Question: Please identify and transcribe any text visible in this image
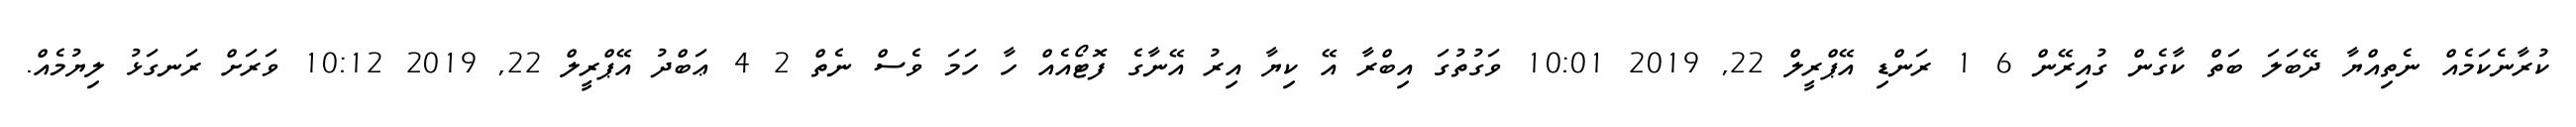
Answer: ކުރާނެކަމެއް ނެތިއްޔާ ދޭބަލަ ބަތް ކާގެން ގުއިރޭން 6 1 ރަންޑި އޭޕްރީލް 22, 2019 10:01 ވަގުތުގަ އިބްރާ އޭ ކިޔާ އިރު އޭނާގެ ފޮޓޯއެއް ހާ ހަމަ ވެސް ނެތް 2 4 ޢަބްދު އޭޕްރީލް 22, 2019 10:12 ވަރަށް ރަނގަޅު ލިޔުމެއް.